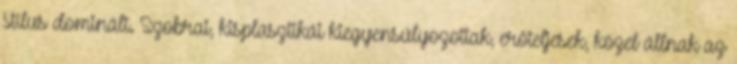
stílus dominált. Szobrai, kisplasztikái kiegyensúlyozottak, erőteljesek, közel állnak az